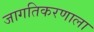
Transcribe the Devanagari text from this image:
जागतिकरणाला